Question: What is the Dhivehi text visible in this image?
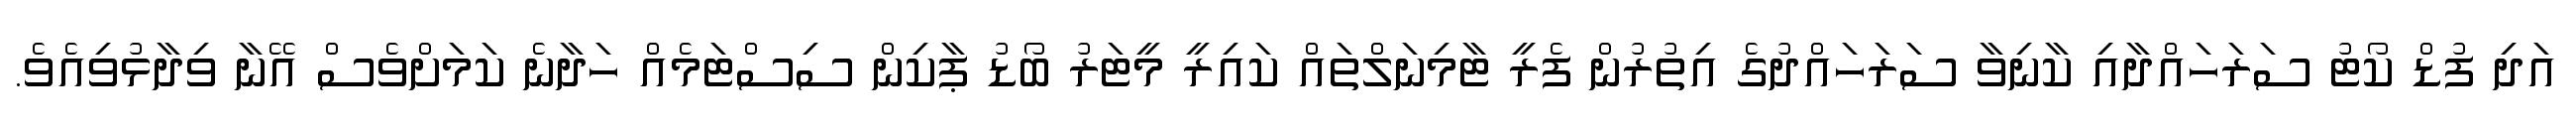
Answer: އަދި ފުޑް ކޯޓު ސަރަހައްދާއި ކާނިވާ ސަރަހައްދުގެ އިތުރުން ފެރީ ޓާމިނަލްތައް ކައިރީ މީޓަރު ބޯޑު ޕާކިން ސިސްޓަމެއް ހަދާނެ ކަމަށްވެސް އޭނާ ވިދާޅުވިއެވެ.